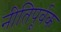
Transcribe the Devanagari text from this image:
नीतिपूर्वक